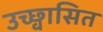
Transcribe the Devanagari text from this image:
उच्छ्वासित